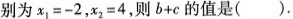
别为x1=-2，x2=4，则b+c的值是()。